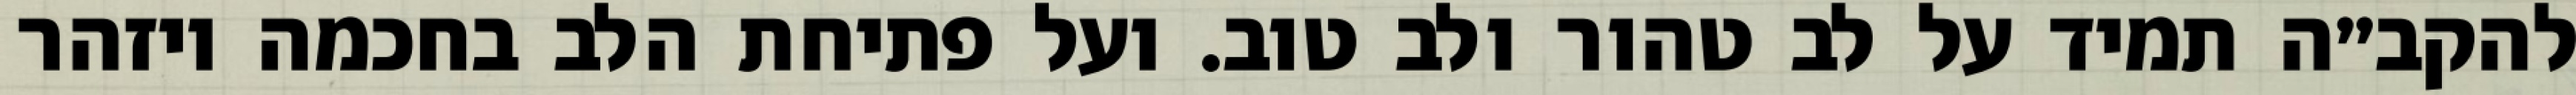
להקב״ה תמיד על לב טהור ולב טוב. ועל פתיחת הלב בחכמה ויזהר